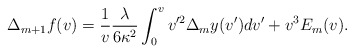
\begin{align*} \Delta_{m+1}f(v)=\frac{1}{v}\frac{\lambda}{6\kappa^2}\int_0^vv'^2\Delta_my(v')dv'+v^3E_m(v).\end{align*}